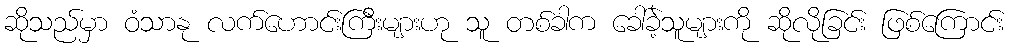
ဆိုသည်မှာ ဝံသာနု လက်ဟောင်းကြီးများဟု သူ တစ်ခါက ခေါ်ခဲ့သူများကို ဆိုလိုခြင်း ဖြစ်ကြောင်း